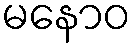
မနောဝ